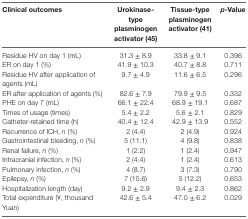
<table><thead><tr><td><b>Clinical outcomes</b></td><td><b>Urokinase-type plasminogen activator (45)</b></td><td><b>Tissue-type plasminogen activator (41)</b></td><td><b><i>p</i>-Value</b></td></tr></thead><tbody><tr><td>Residue HV on day 1 (mL)</td><td>31.3 ± 8.9</td><td>33.8 ± 9.1</td><td>0.396</td></tr><tr><td>ER on day 1 (%)</td><td>41.9 ± 10.3</td><td>40.7 ± 8.8</td><td>0.711</td></tr><tr><td>Residue HV after application of agents (mL)</td><td>9.7 ± 4.9</td><td>11.6 ± 6.5</td><td>0.296</td></tr><tr><td>ER after application of agents (%)</td><td>82.6 ± 7.9</td><td>79.9 ± 9.5</td><td>0.332</td></tr><tr><td>PHE on day 7 (mL)</td><td>66.1 ± 22.4</td><td>68.9 ± 19.1</td><td>0.687</td></tr><tr><td>Times of usage (times)</td><td>5.4 ± 2.2</td><td>5.6 ± 2.1</td><td>0.829</td></tr><tr><td>Catheter-retained time (h)</td><td>40.4 ± 12.4</td><td>42.9 ± 13.9</td><td>0.552</td></tr><tr><td>Recurrence of ICH, <i>n</i> (%)</td><td>2 (4.4)</td><td>2 (4.9)</td><td>0.924</td></tr><tr><td>Gastrointestinal bleeding, <i>n</i> (%)</td><td>5 (11.1)</td><td>4 (9.8)</td><td>0.838</td></tr><tr><td>Renal failure, <i>n</i> (%)</td><td>1 (2.2)</td><td>1 (2.4)</td><td>0.947</td></tr><tr><td>Intracranial infection, <i>n</i> (%)</td><td>2 (4.4)</td><td>1 (2.4)</td><td>0.613</td></tr><tr><td>Pulmonary infection, <i>n</i> (%)</td><td>4 (8.7)</td><td>3 (7.3)</td><td>0.790</td></tr><tr><td>Epilepsy, <i>n</i> (%)</td><td>7 (15.6)</td><td>5 (12.2)</td><td>0.653</td></tr><tr><td>Hospitalization length (day)</td><td>9.2 ± 2.9</td><td>9.4 ± 2.3</td><td>0.862</td></tr><tr><td>Total expenditure (¥, thousand Yuan)</td><td>42.6 ± 5.4</td><td>47.0 ± 6.2</td><td>0.029</td></tr></tbody></table>